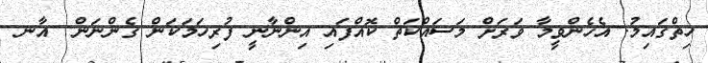
ހިތްގައިމު. އެހެންވީމާ ވަރަށް މަސައްކަތް ކޮއްފައި އިންނާނީ ފުރިހަމަކަން ގެންނަން  އާނ